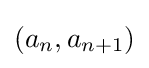
(a_{n},a_{n+1})